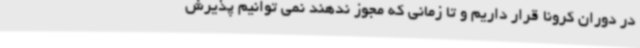
در دوران کرونا قرار داریم و تا زمانی که مجوز ندهند نمی توانیم پذیرش